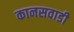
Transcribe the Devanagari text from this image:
कानसवाडी